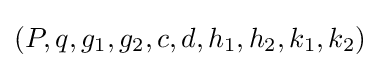
(P,q,g_{1},g_{2},c,d,h_{1},h_{2},k_{1},k_{2})